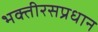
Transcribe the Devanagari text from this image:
भक्तीरसप्रधान